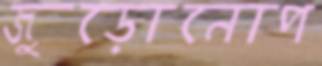
জুড়োনোপ